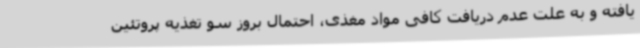
یافته و به علت عدم دریافت کافی مواد مغذی، احتمال بروز سو تغذیه پروتئین